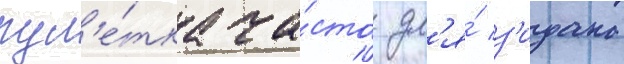
рул'е́тка ча́сто дл'я́ з'идана